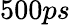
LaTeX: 500ps